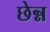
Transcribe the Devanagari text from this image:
छेन्न